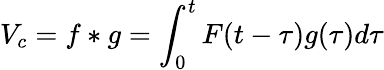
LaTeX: V_{c}=f*g=\int_{0}^{t}F(t-\tau)g(\tau)d\tau